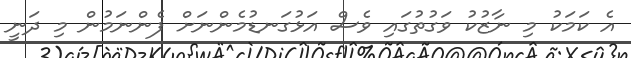
އެ ކަމަކު މި ނާޒުކު ވަގުތުގައި ވެސް އަޅުގަނޑުމެންނަށް ފެންނަމުން މި ދަނީ